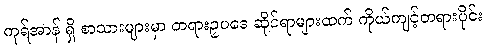
ကုရ်အာန် ရှိ စာသားများမှာ တရားဥပဒေ ဆိုင်ရာများထက် ကိုယ်ကျင့်တရားပိုင်း